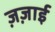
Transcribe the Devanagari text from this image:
ज़ज़ाई